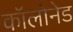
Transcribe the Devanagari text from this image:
कॉलोनेड